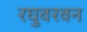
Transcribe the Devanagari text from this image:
रघुवरवन